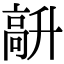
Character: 𩫆